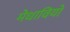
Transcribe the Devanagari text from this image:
मेधावियों